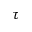
\tau